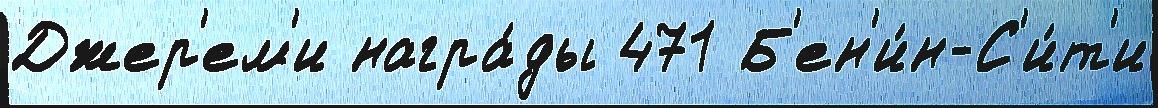
Джер'ем'и награ́ды 471 Б'ен'и́н-С'и́т'и